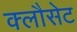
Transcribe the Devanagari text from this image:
क्लौसेट